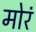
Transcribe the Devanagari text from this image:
मोरं